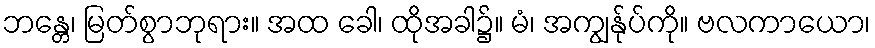
ဘန္တေ၊ မြတ်စွာဘုရား။ အထ ခေါ၊ ထိုအခါ၌။ မံ၊ အကျွန်ုပ်ကို။ ဗလကာယော၊